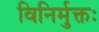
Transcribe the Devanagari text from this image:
विनिर्मुक्तः